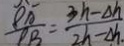
\frac { P A } { P B } = \frac { 3 n - \Delta h } { 2 h - \Delta h . }